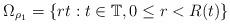
LaTeX: \begin{align*}\Omega_{\rho_{1}}=\{rt:t\in\mathbb{T},0\le r<R(t)\}\end{align*}